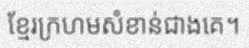
ខ្មែរក្រហមសំខាន់ជាងគេ។